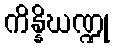
ကိန္နိဃဏ္ဍု